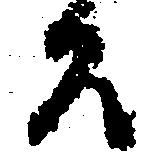
殿